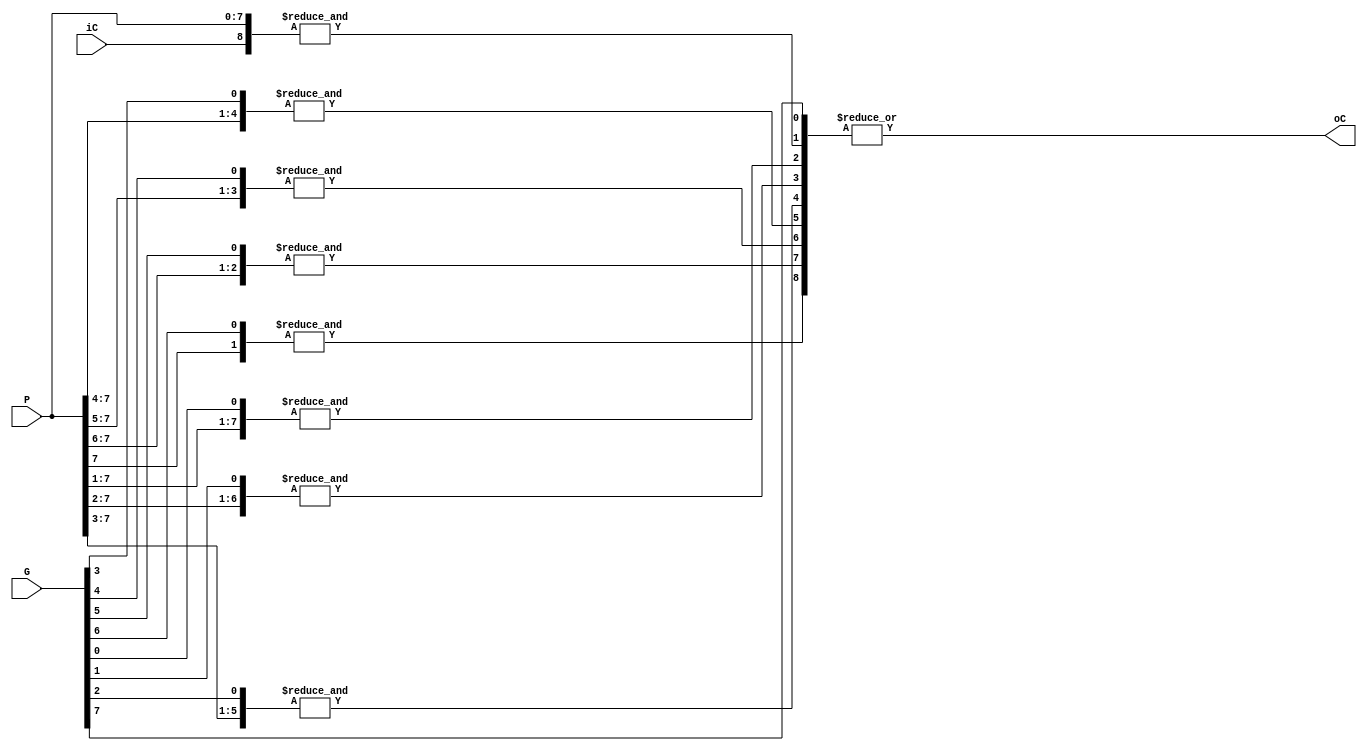
module Carry_lookahead_8bit#(parameter ADDER_WIDTH = 8)(
    input  wire [ADDER_WIDTH-1:0] G, P,
    input  wire                   iC,
    output wire                   oC    
);
    wire _C_8 = &{iC,P};
    wire _C_7 = &{G[0],P[7:1]};
    wire _C_6 = &{G[1],P[7:2]};
    wire _C_5 = &{G[2],P[7:3]};
    wire _C_4 = &{G[3],P[7:4]};
    wire _C_3 = &{G[4],P[7:5]};
    wire _C_2 = &{G[5],P[7:6]};
    wire _C_1 = &{G[6],P[7]};
    
    assign oC = |{ &_C_8, &_C_7, &_C_6, &_C_5, &_C_4, &_C_3, &_C_2, &_C_1, G[ADDER_WIDTH-1] };
endmodule